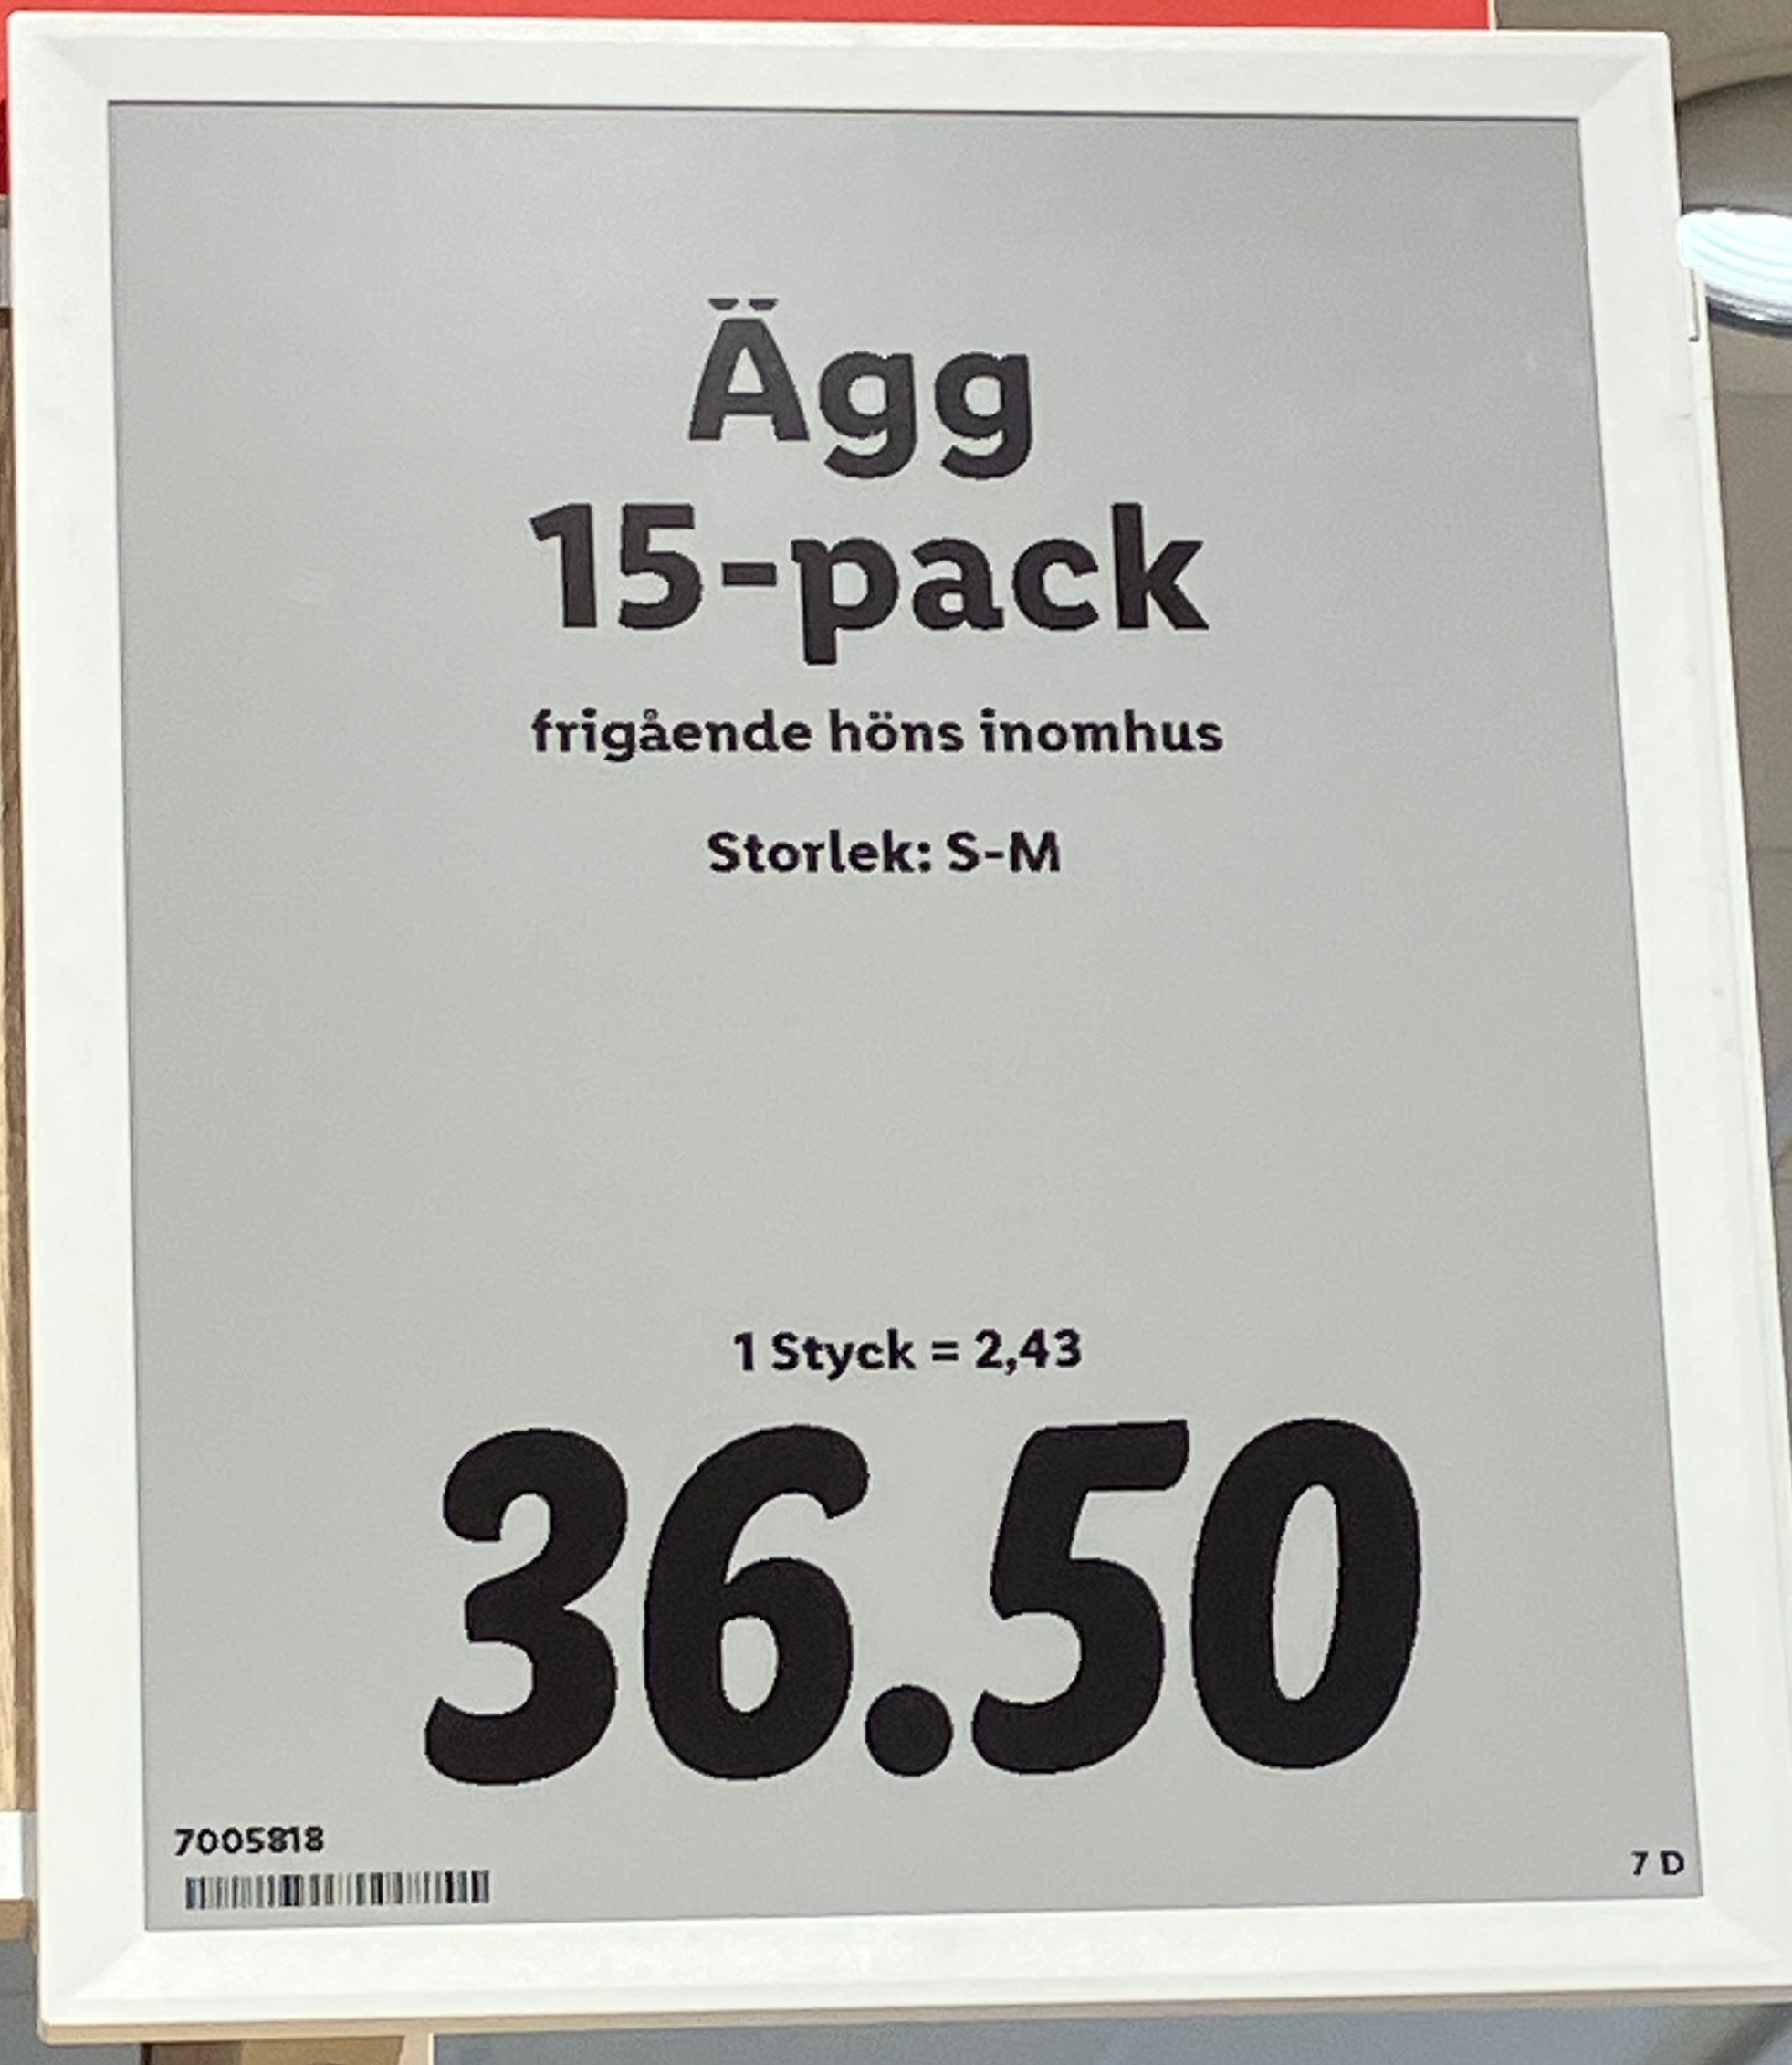
Vara: Ägg 15-pack
Genomsnittspris: 2.43 per st